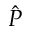
\hat { P }